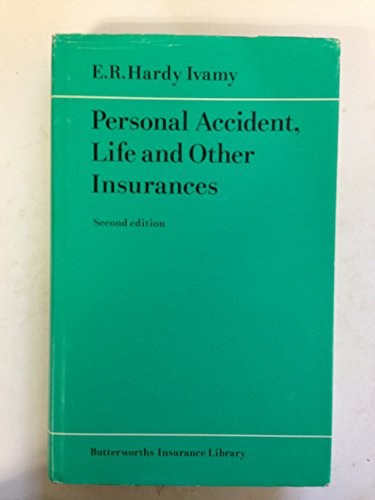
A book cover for Personal Accident, Life and Other Insurances (Butterworths insurance library); E.R.Hardy Ivamy; Law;